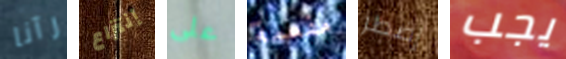
رآنا إنتزاع على مفعمة إضطر يجب